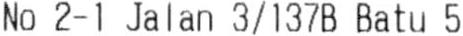
NO 2-1 JALAN 3/137B BATU 5